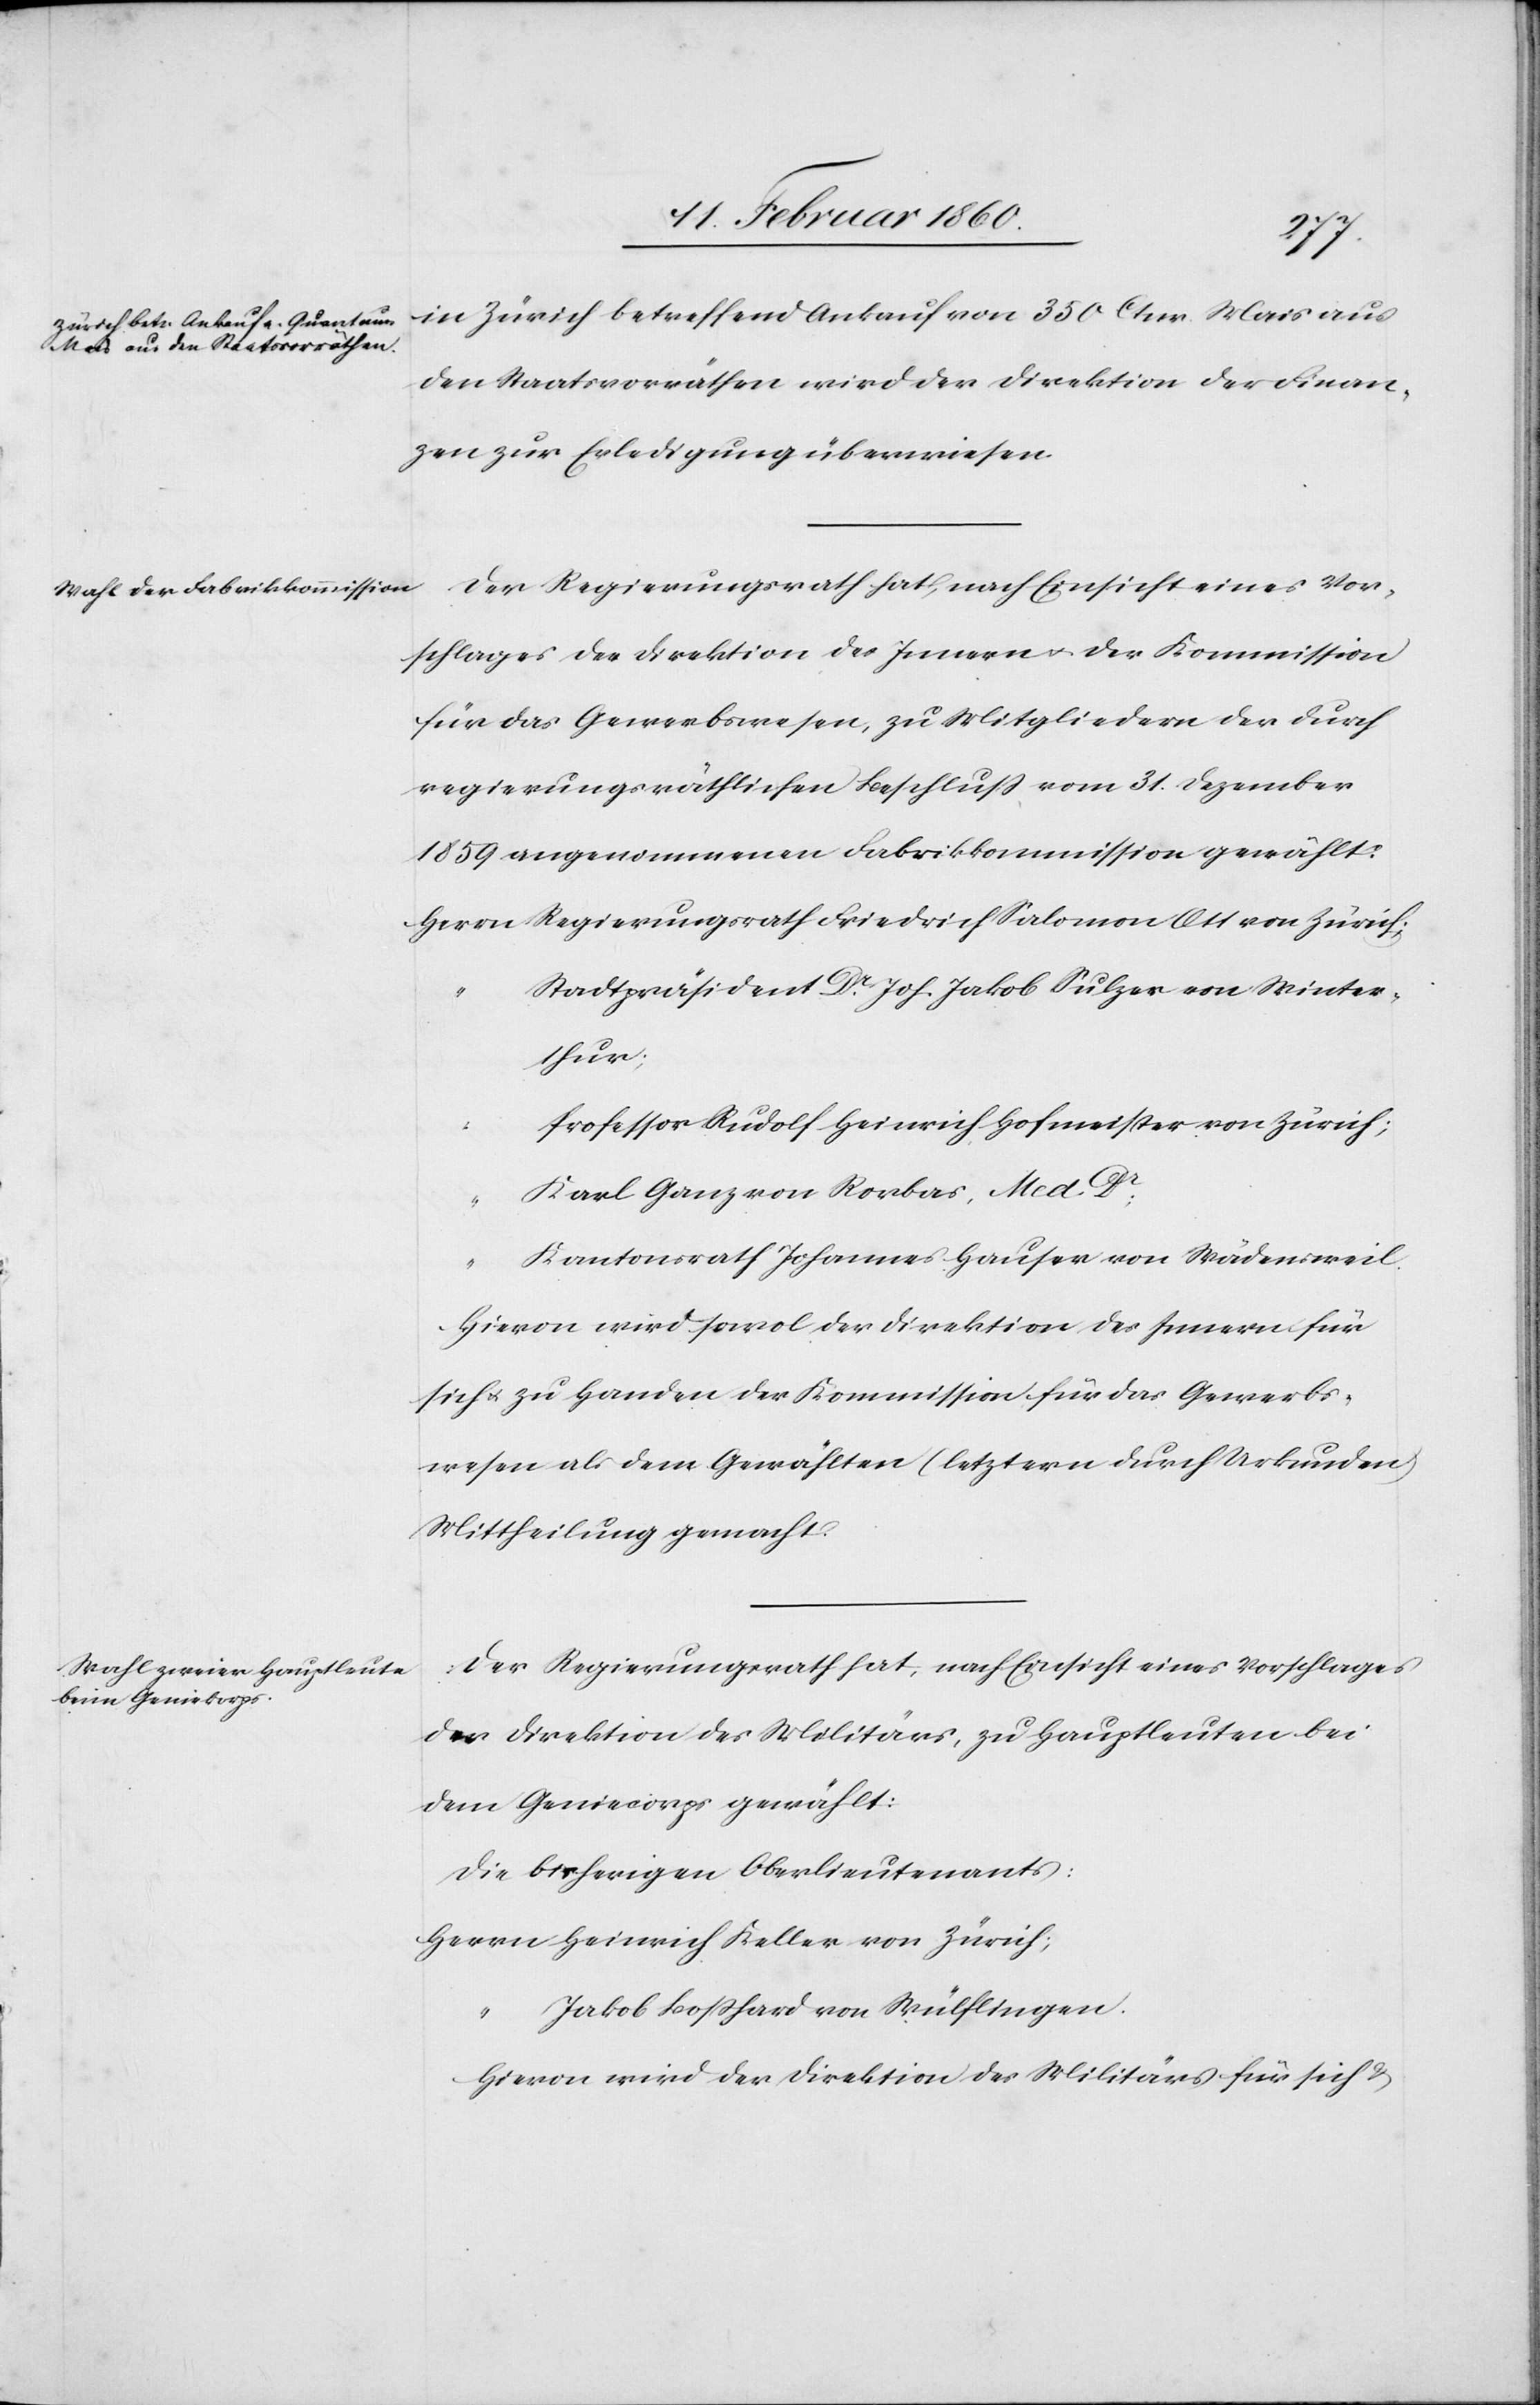
in Zürich betreffend Ankauf von 350 Ctnr. Mais aus
den Staatsvorräthen wird der Direktion der Finan¬
zen zur Erledigung überwiesen.
Der Regierungsrath hat, nach Einsicht eines Vor¬
schlages der Direktion des Innern u. der Kommission
für das Gewerbewesen, zu Mitgliedern der durch
regierungsräthlichen Beschluß vom 31. Dezember
1859 angenommenen Fabrikkommission gewählt:
Stadtpräsident Dr Joh. Jakob Sulzer von Winter¬
thur;
Professor Rudolf Heinrich Hofmeister von Zürich;
Karl Ganz von Rorbas, Med.
Dr;
Kantonsrath Johannes Hauser von Wädenschweil.
Hiervon wird sowol der Direktion des Innern für
sich u. zu Handen der Kommission für das Gewerbs¬
wesen als dem Gewählten (letztern durch Urkunden)
Mittheilung gemacht.
Der Regierungsrath hat, nach Einsicht eines Vorschlages
der Direktion des Militärs, zu Hauptleuten bei
dem Geniecorps gewählt:
die bisherigen Oberlieutenants:
Herrn Heinrich Keller von Zürich;
Jakob Bosshard von Wülflingen.
Hievon wird der Direktion des Militärs für sich u.